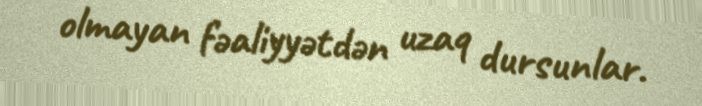
olmayan fəaliyyətdən uzaq dursunlar.